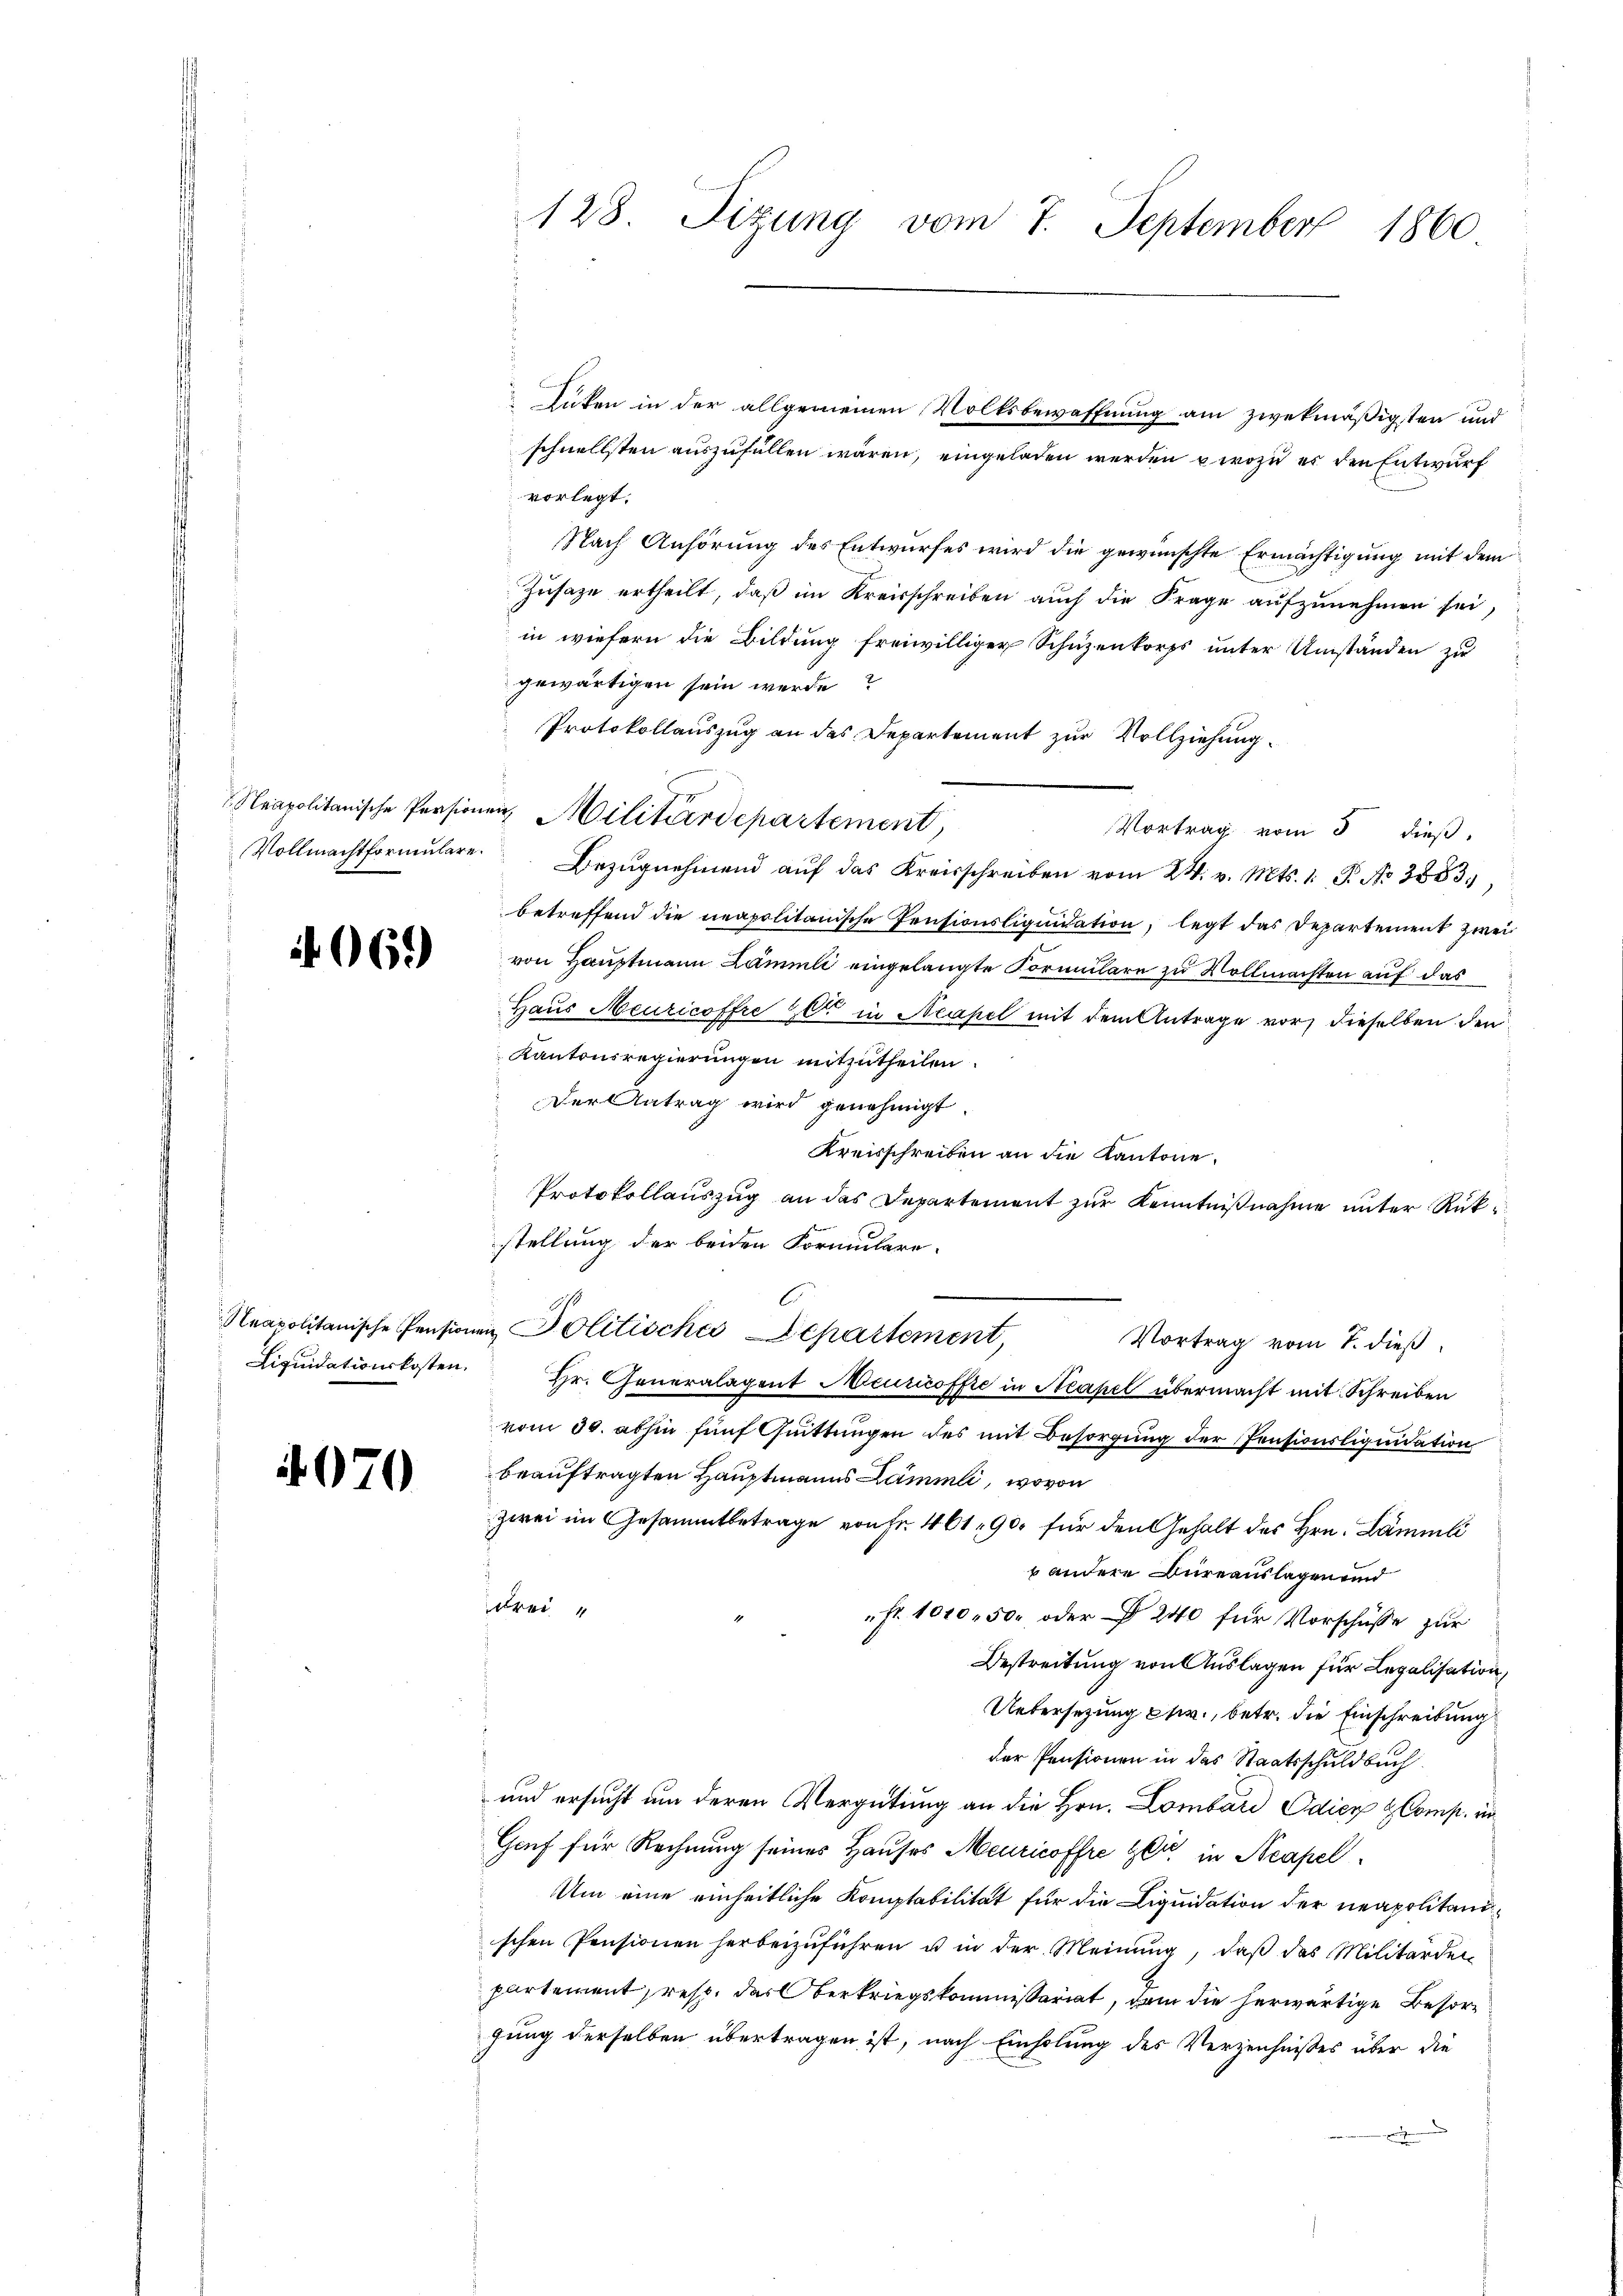
069)

4070

128. Tizung vom 7. September 1860

vorlegt.
Nach Anhörung des Entwurfes wird die gewünschte Ermächtigung mit dem
Zusage ertheilt, daß im Kreisschreiben auch die Frage aufzunehmen sei,
in wiefern die Bildung freiwilliger Schüzenkorps unter Umständen zu
gewärtigen sein werde?
Protokollauszug an das Departement zur Vollziehung
Vortrag vom 3 dieß,
Vollmachtformŭlare Bezŭgnehmend aŭf das Kreisschreiben vom 24. v. Mts. 1. P. Nr. 3853.
betreffend die neapolitanische Pensionsliquidation, legt das Departement zwei
von Hauptmann Zämmli eingelangte Formulare zu Vollmachten auf das
Haus Meuricoffre et in Neapel mit dem Antrage vor, dieselben den
Kantonsregierungen mitzutheilen.
Der Antrag wird genehmigt.
Kreisschreiben an die Kantone.
Protokollauszug an das Departement zur Kenntnißnahme unter Rückstellung der beiden Formulare
C
Neapolitanische Pensionen Politisches Separtement,
Vortrag vom 7. dieß
Liqŭidationskosten. Hr. Generalagent Meuricoffre in Neapel übermacht mit Schreiben
vom 30. abhin fünf Quittungen des mit Besorgung der Pensionsliquidation
beauftragten Hauptmanns Lämmli, wovon
zwei im Gesammtbetrage von Fr. 461. 900 für den Gehalt des Hrn. Lämmli
 andere Bureauslagen und
drei
fr. 1010. 50. oder § 240 für Vorschüsse zur
Bestreitung von Auslagen für Legalisation
Uebersetzung pr., betr. die Einschreibung
der Pensionen in das Staatsschuldbuch
und ersucht um deren Vergütung an die Hrn. Lombard Odier & Comp. in
Grf für Rechnung seines Hauses Meuricoffre Zeit in Neapel
Um eine einheitliche Komptabilität für die Liquidation der neapolitand
schen Pensionen herbeizuführen u in der Meinung, daß das Militärden
partement resp. des Oberkriegskommissariat, dem die herwärtige Besorgung derselben übertragen ist, nach Einholung des Verzeichnisses über die

Neapolitanische Persionen Militärdepartement

lüten in der allgemeinen Volksbewaffnung am zwekmäßigsten und
schnellsten auszufüllen wären, eingeladen werden, wozu es den Entwurf